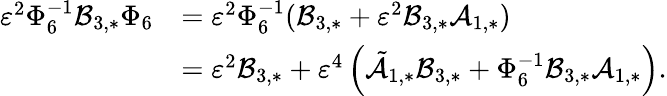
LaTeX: \begin{array}{rl}{\varepsilon^{2}\Phi_{6}^{-1}\mathcal{B}_{3,*}\Phi_{6}}&{=\varepsilon^{2}\Phi_{6}^{-1}(\mathcal{B}_{3,*}+\varepsilon^{2}\mathcal{B}_{3,*}\mathcal{A}_{1,*})}\\ &{=\varepsilon^{2}\mathcal{B}_{3,*}+\varepsilon^{4}\left(\tilde{\mathcal{A}}_{1,*}\mathcal{B}_{3,*}+\Phi_{6}^{-1}\mathcal{B}_{3,*}\mathcal{A}_{1,*}\right).}\end{array}